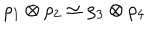
\rho _ { 1 } \otimes \rho _ { 2 } \simeq \rho _ { 3 } \otimes \rho _ { 4 }